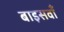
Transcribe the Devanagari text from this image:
बाइसवाँ